Vaccine operations Central Provinces & Berar 1922-1929 - 1922-1929
Year: 1922
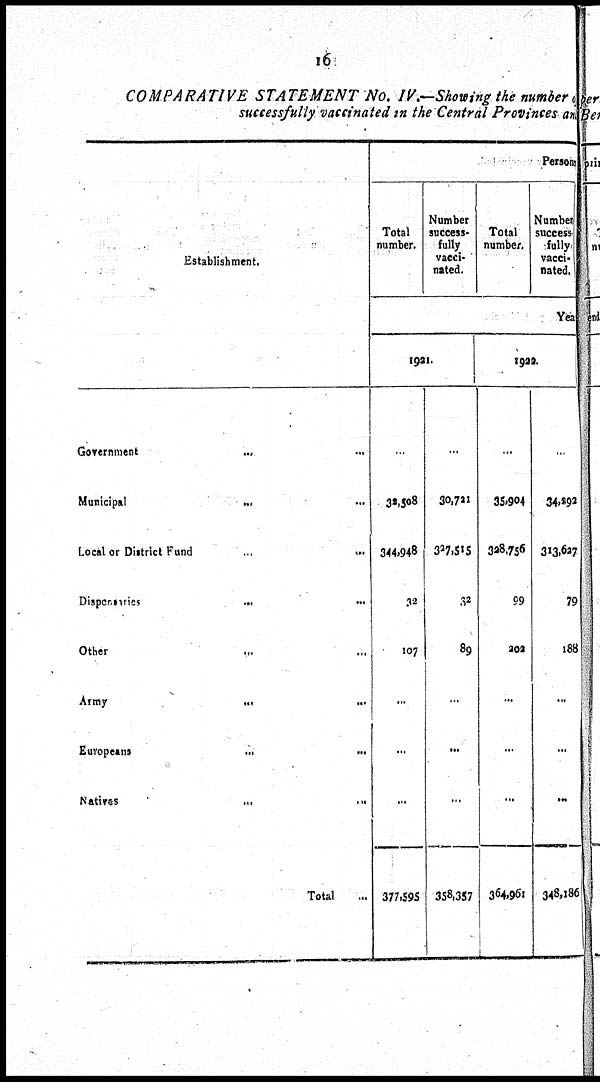
16
COMPARATIVE STATEMENT No. IV.—Showing the number of
successfully vaccinated in the Central Provinces and
Establishment.
Government ... ...
Municipal
... ...
Local or District Fund
...
...
Dispensaries
...
...
Other ... ...
Army
... ...
Europeans
...
...
Natives
...
...
Total ...
Persons
Total
number.
Number
success-
fully
vacci-
nated.
Total
number.
Number
success-
fully
vacci-
nated.
Year
1921.
...
32,508
344,948
32
107
...
...
...
377,595
...
30,721
327,515
32
89
...
...
...
358,357
1922.
...
35,904
328,756
99
202
...
...
...
304,961
...
34,293
313,627
79
188
...
...
...
348,186